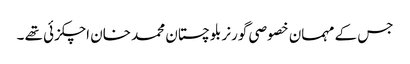
جس کے مہمان خصوصی گورنر بلوچستان محمد خان اچکزئی تھے ۔